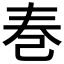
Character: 𪩫